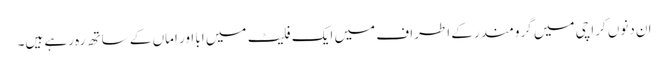
ان دنوں کراچی میں گرومندر کے اطراف میں ایک فلیٹ میں ابا اور اماں کے ساتھ رہ رہے ہیں۔